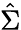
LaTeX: \hat{\Sigma}